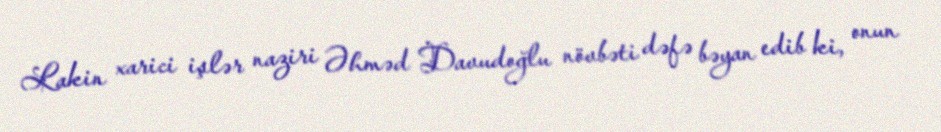
Lakin xarici işlər naziri Əhməd Davudoğlu növbəti dəfə bəyan edib ki, onun